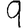
Digit: 9